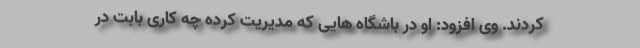
کردند. وی افزود: او در باشگاه هایی که مدیریت کرده چه کاری بابت در